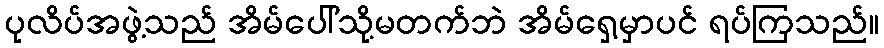
ပုလိပ်အဖွဲ့သည် အိမ်ပေါ်သို့မတက်ဘဲ အိမ်ရှေ့မှာပင် ရပ်ကြသည်။